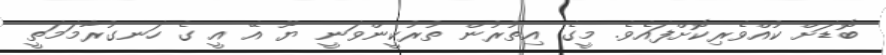
ބޮޑަށް ކުއްވެރިކޮށްފައެވެ. މީގެ އިތުރުން ތުރުކީންވަނީ ޔޫ އޭ އީ ގެ ހަނގުރާމަމަތީ